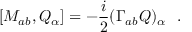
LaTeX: [ M _ { a b } , Q _ { \alpha } ] = - \frac { i } { 2 } ( \Gamma _ { a b } Q ) _ { \alpha } ~ ~ .